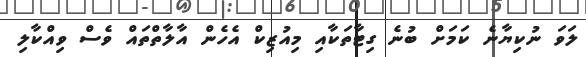
ލަވަ ނުކިޔާނެ ކަމަށް ބުނެ ގިޓާތަކާއި މިއުޒިކް އެހެން އާލާތްތައް ވެސް ވިއްކާލި